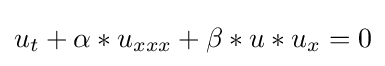
u_{t}+\alpha *u_{xxx}+\beta *u*u_{x}=0